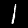
Digit: 1